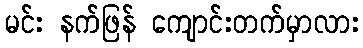
မင်း နက်ဖြန် ကျောင်းတက်မှာလား